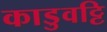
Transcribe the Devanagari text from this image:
काडुवट्टि